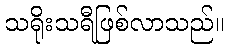
သရိုးသရီဖြစ်လာသည်။